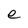
Character: e